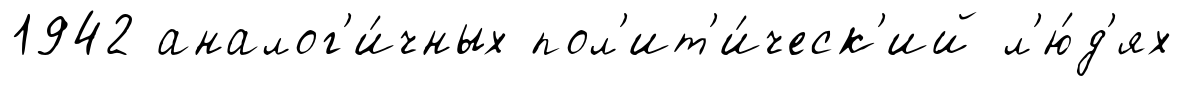
1942 аналог'и́чных пол'ит'и́ческ'ий л'ю́д'ях